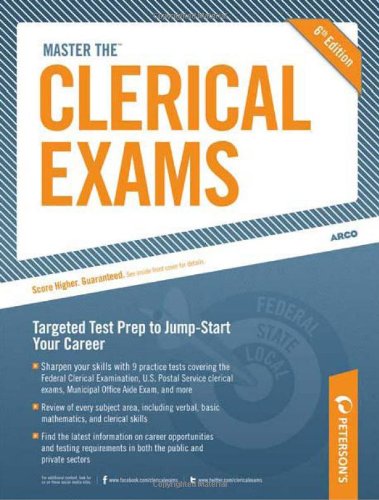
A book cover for Master the Clerical Exams; Peterson's; Test Preparation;